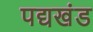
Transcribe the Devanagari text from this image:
पद्यखंड